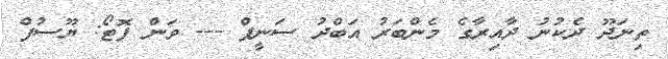
ތިނަދޫ ދެކުނު ދާއިރާގެ މެންބަރު އަބްދު ސަނީފް --- ވަން ފޮޓޯ: ޔޫސުފް